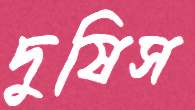
দুষিস